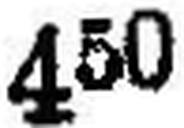
450